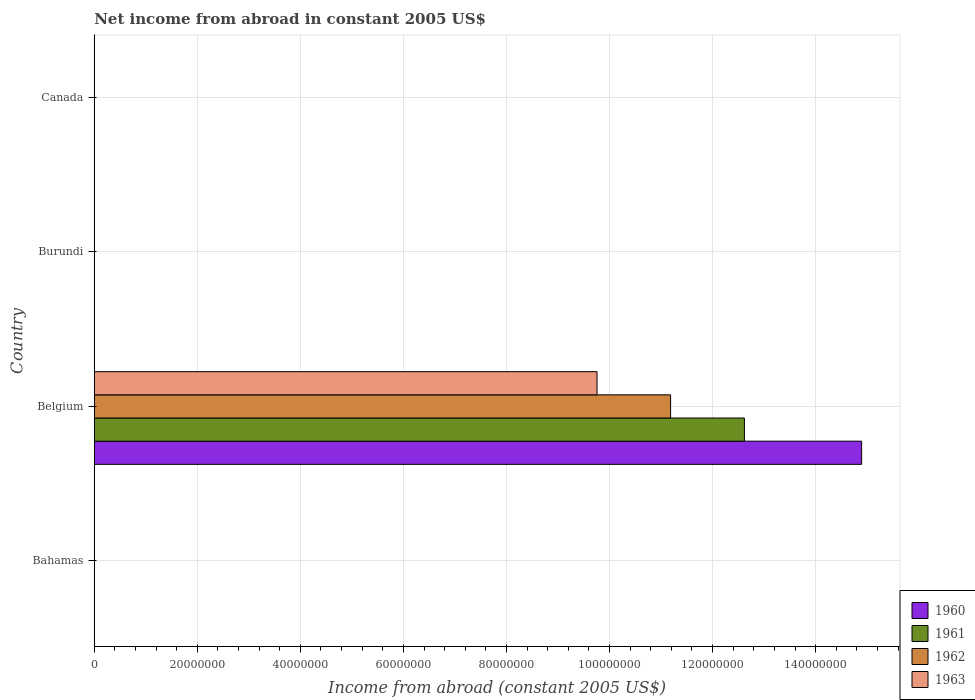
| Country | 1960 | 1961 | 1962 | 1963 |
 | --- | --- | --- | --- | --- |
 | Bahamas | -2.02e+07 | -2.26e+07 | -2.52e+07 | -2.82e+07 |
 | Belgium | 1.49e+08 | 1.26e+08 | 1.12e+08 | 9.76e+07 |
 | Burundi | -2.11e+06 | -2.18e+06 | -2.29e+06 | -2.47e+06 |
 | Canada | -6.32e+08 | -7.11e+08 | -7.19e+08 | -7.84e+08 |